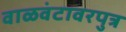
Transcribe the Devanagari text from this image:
वाळवंटावरपुत्र